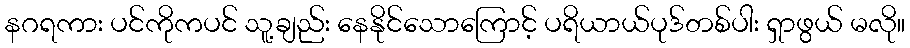
နဂရကား ပင်ကိုကပင် သူ့ချည်း နေနိုင်သောကြောင့် ပရိယာယ်ပုဒ်တစ်ပါး ရှာဖွယ် မလို။